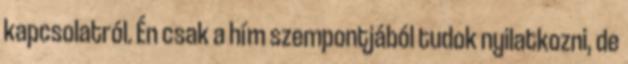
kapcsolatról. Én csak a hím szempontjából tudok nyilatkozni, de